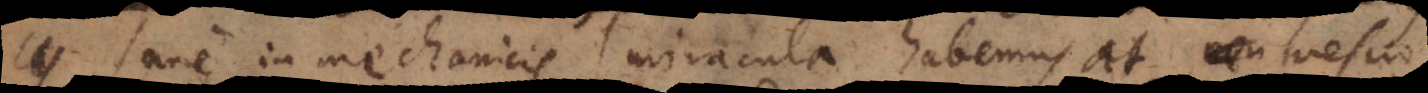
Sane in mechanicis miracula habemus, at nescio,